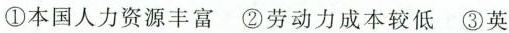
①本国人力资源丰富②劳动力成本较低③英